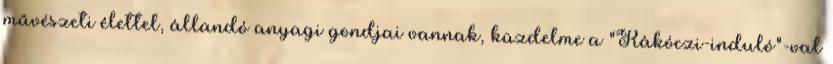
művészeti élettel, állandó anyagi gondjai vannak, küzdelme a "Rákóczi-induló"-val